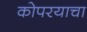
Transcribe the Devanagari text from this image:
कोपरयाचा